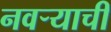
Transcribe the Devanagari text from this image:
नवऱ्याची